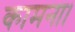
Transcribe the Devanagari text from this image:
कामना।